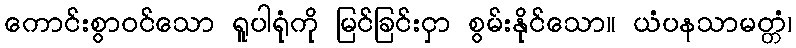
ကောင်းစွာဝင်သော ရူပါရုံကို မြင်ခြင်းငှာ စွမ်းနိုင်သော။ ယံပနသာမတ္တံ၊